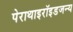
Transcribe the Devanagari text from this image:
पेराथाइरॉइडजन्य